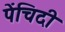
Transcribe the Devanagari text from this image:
पेंचिदी